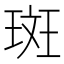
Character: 斑